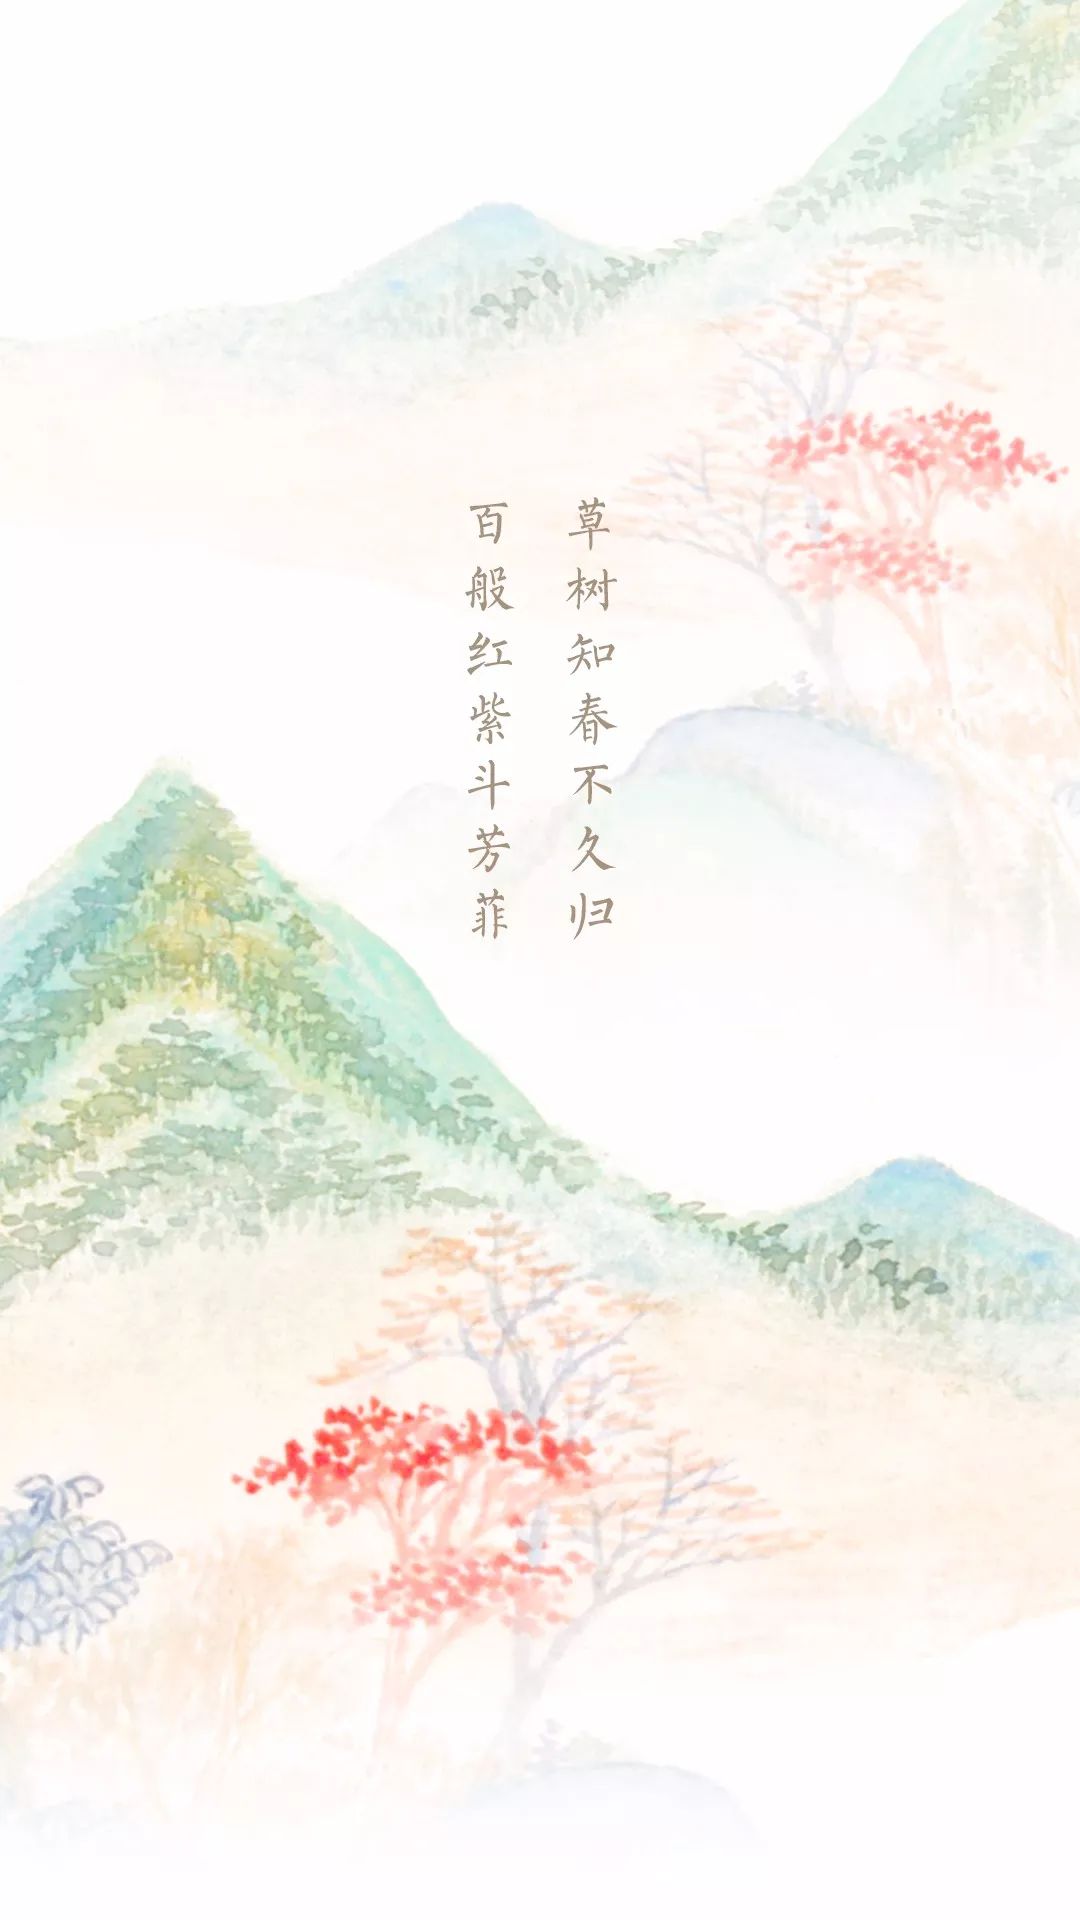
草树知春不久归，百般红紫斗芳菲。